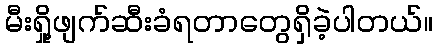
မီးရှို့ဖျက်ဆီးခံရတာတွေရှိခဲ့ပါတယ်။